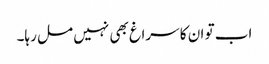
اب تو ان کا سراغ بھی نہیں مل رہا۔